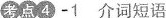
考点4-1介词短语